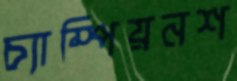
চ্যাম্পিয়নশ